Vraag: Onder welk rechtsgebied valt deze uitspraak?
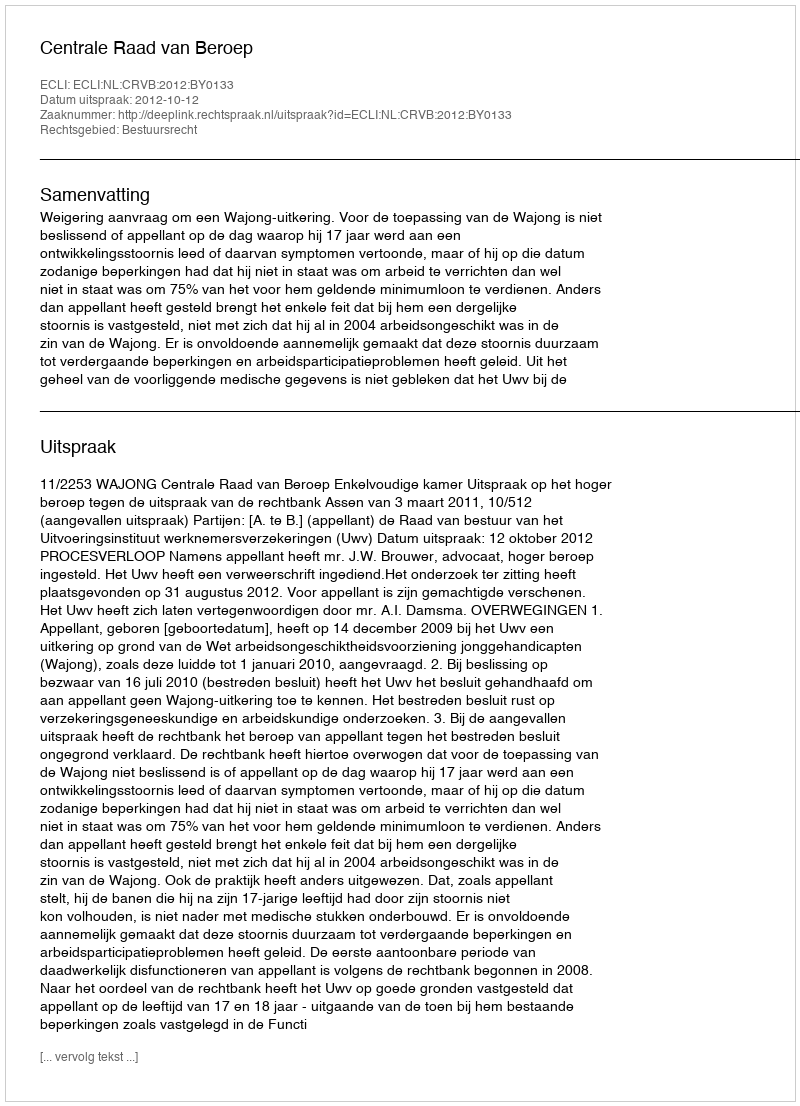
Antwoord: Bestuursrecht